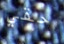
حقي